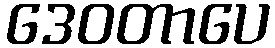
ဒေဝတာပေ